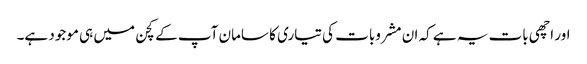
اور اچھی بات یہ ہے کہ ان مشروبات کی تیاری کا سامان آپ کے کچن میں ہی موجود ہے۔